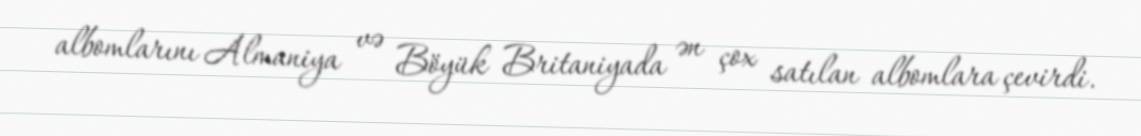
albomlarını Almaniya və Böyük Britaniyada ən çox satılan albomlara çevirdi.